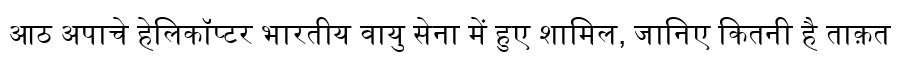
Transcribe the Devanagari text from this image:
आठ अपाचे हेलिकॉप्टर भारतीय वायु सेना में हुए शामिल, जानिए कितनी है ताक़त